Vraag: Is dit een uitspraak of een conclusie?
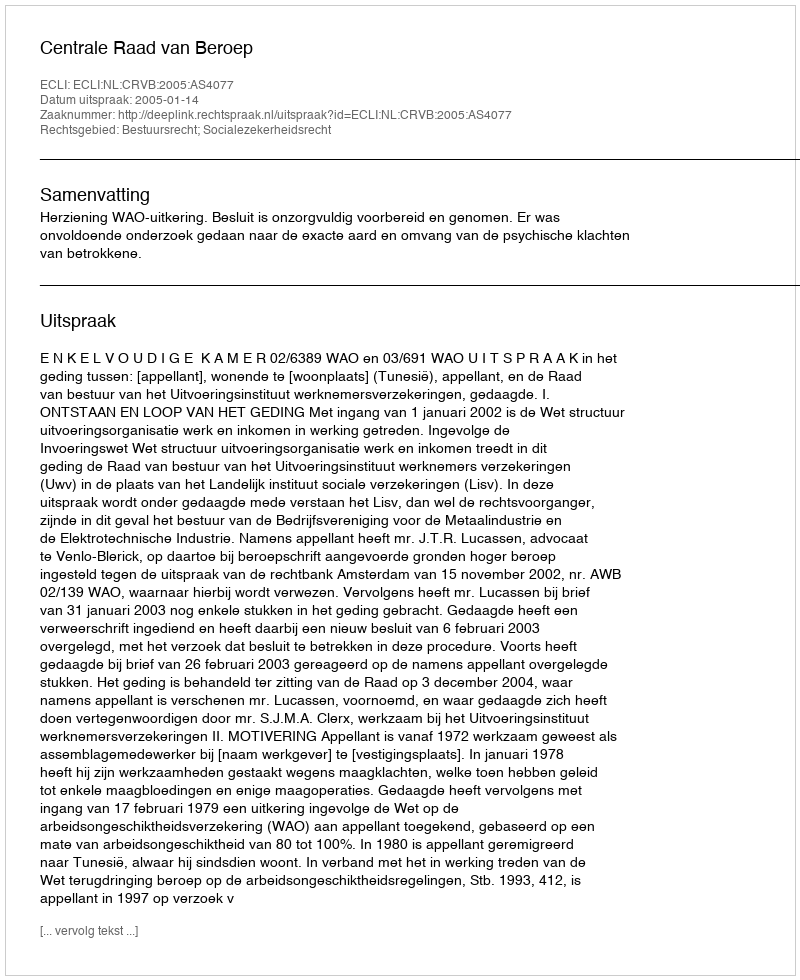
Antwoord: Uitspraak